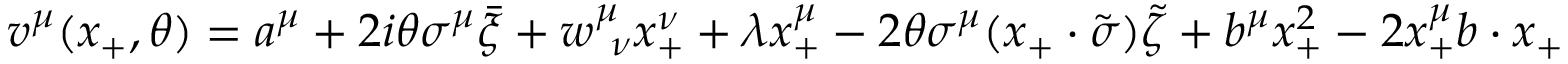
v ^ { \mu } ( x _ { + } , \theta ) = a ^ { \mu } + 2 i \theta \sigma ^ { \mu } \bar { \xi } + w _ { ~ \nu } ^ { \mu } x _ { + } ^ { \nu } + \lambda x _ { + } ^ { \mu } - 2 \theta \sigma ^ { \mu } ( x _ { + } \cdot \tilde { \sigma } ) \tilde { \zeta } + b ^ { \mu } x _ { + } ^ { 2 } - 2 x _ { + } ^ { \mu } b \cdot x _ { + }